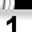
Digit: 1